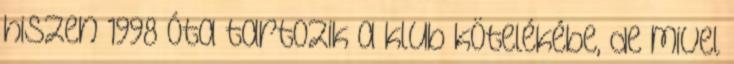
hiszen 1998 óta tartozik a klub kötelékébe, de mivel